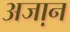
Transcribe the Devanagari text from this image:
अजा़न